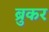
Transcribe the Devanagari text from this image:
ब्रुकर